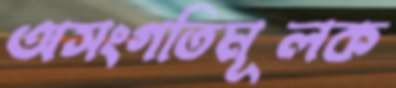
অসংগতিমূলক